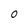
Character: 0